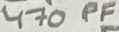
Text: 470PF